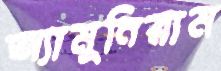
অ্যামুনিয়াম